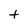
Character: t